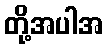
တို့အပါအ